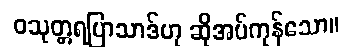
ဝသုတ္တရပြာသာဒ်ဟု ဆိုအပ်ကုန်သော။